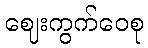
ဈေးကွက်ဝေစု